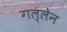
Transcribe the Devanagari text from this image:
गल्लेन